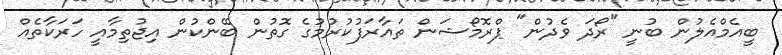
ބީއެމްއެލުން ބުނީ "ރޯދަ ވެދުން" ޕްރޮމޯޝަން ތައާރަފުކުރުމުގެ ގޮތުން ބޭންކުން އިޖުތިމާއީ ހަރަކާތެއް